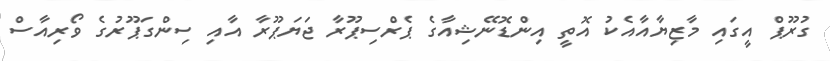
ގުރޫޕް އީގައި މާޒިޔާއާއެކު އޮތީ އިންޑޮނޭޝިއާގެ ޕެރްސިޕޫރާ ޖަޔަޕޫރާ އާއި ސިންގަޕޫރުގެ ވޯރިއާސް